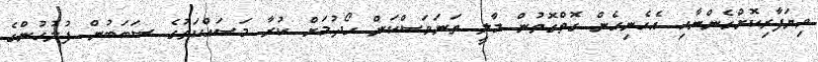
ވިޔަފާރިކޮށްގެންނާއި އެހެނިހެން ގޮތްގޮތުން މާލީ ތަނަވަސްކަން ހޯދުމަށް ކުރާ މަސައްކަތުގެ ސަބަބުން ފުލުހުންގެ